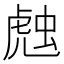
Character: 𰲦